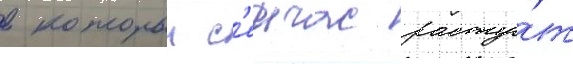
в которыи с'еичас расту́т